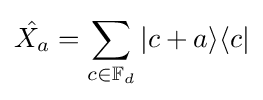
{\hat {X_{a}}}=\sum _{c\in \mathbb {F} _{d}}|c+a\rangle \langle c|